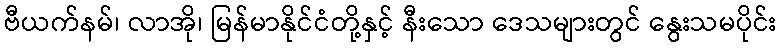
ဗီယက်နမ်၊ လာအို၊ မြန်မာနိုင်ငံတို့နှင့် နီးသော ဒေသများတွင် နွေးသမပိုင်း